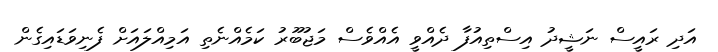
އަދި ރައީސް ނަޝީދު އިސްތިއުފާ ދެއްވީ އެއްވެސް މަޖުބޫރު ކަމެއްނެތި އަމިއްލައަށް ފެނިވަޑައިގެން